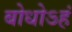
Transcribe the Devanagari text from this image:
बोधोऽहं